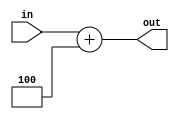
`timescale 1ns / 1ps
//////////////////////////////////////////////////////////////////////////////////
// Company: 
// Engineer: 
// 
// Design Name: 
// Module Name: PCAddFour
// Project Name: 
// Target Devices: 
// Tool Versions: 
// Description: 
// 
// Dependencies: 
// 
// Revision:
// Revision 0.01 - File Created
// Additional Comments:
// 
//////////////////////////////////////////////////////////////////////////////////


module PCAddFour(in, out);
    input [31:0] in;
    output [31:0] out;
    
    assign out[31:0] = in[31:0] + 4;
endmodule